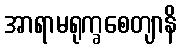
အာရာမရုက္ခစေတျာနိ